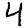
Digit: 4